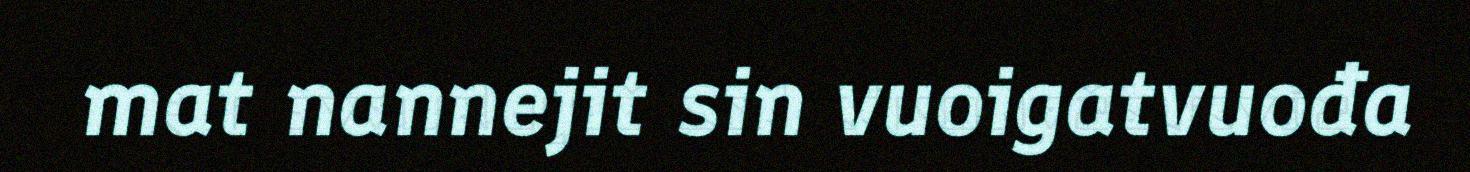
mat nannejit sin vuoigatvuođa